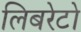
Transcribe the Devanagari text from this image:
लिबरेटो